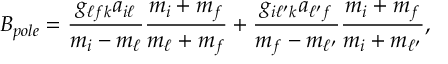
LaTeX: B _ { p o l e } = { \frac { g _ { \ell f k } a _ { i \ell } } { m _ { i } - m _ { \ell } } } { \frac { m _ { i } + m _ { f } } { m _ { \ell } + m _ { f } } } + { \frac { g _ { i \ell ^ { \prime } k } a _ { \ell ^ { \prime } f } } { m _ { f } - m _ { \ell ^ { \prime } } } } { \frac { m _ { i } + m _ { f } } { m _ { i } + m _ { \ell ^ { \prime } } } } ,